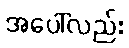
အပေါ်လည်း